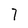
Character: 7